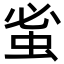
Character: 𮔀